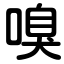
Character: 嗅